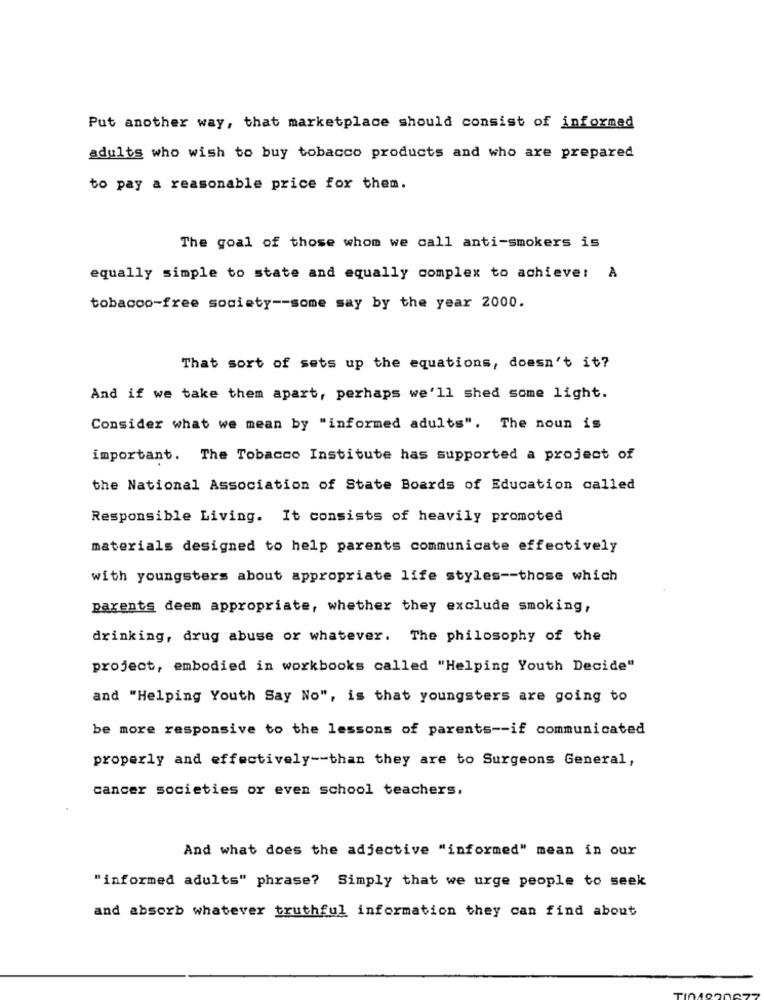
Put another way, that marketplace should consist of informed
adults who wish to buy tobacco products and who are prepared
to pay a reasonable price for them.
The goal of those whom we call anti-smokers is
equally simple to state and equally complex to achieve: A
tobacco-free society -- some say by the year 2000.
That sort of sets up the equations, doesn't it?
And if we take them apart, perhaps we'll shed some light.
Consider what we mean by "informed adults", The noun is
important. The Tobacco Institute has supported a project of
the National Association of State Boards of Education called
Responsible Living. It consists of heavily promoted
materials designed to help parents communicate effectively
with youngsters about appropriate life styles -- those which
parents deem appropriate, whether they exclude smoking,
drinking, drug abuse or whatever. The philosophy of the
project, embodied in workbooks called "Helping Youth Decide"
and "Helping Youth Say No", is that youngsters are going to
be more responsive to the lessons of parents -- if communicated
properly and effectively -- than they are to Surgeons General,
cancer societies or even school teachers.
And what does the adjective "informed" mean in our
"informed adults" phrase? Simply that we urge people to seek
and absorb whatever truthful information they can find about